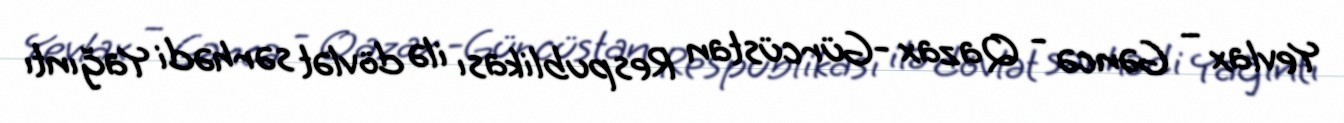
Yevlax – Gəncə - Qazax -Gürcüstan Respublikası ilə dövlət sərhədi Yağıntı